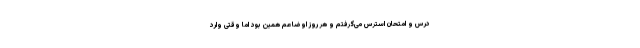
درس و امتحان استرس می‌گرفتم و هر روز اوضاعم همین بود اما وقتی وارد